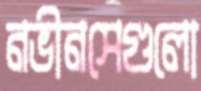
নভীনসেগুলো